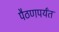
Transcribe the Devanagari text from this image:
पैठणपर्यंत